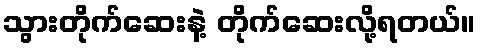
သွားတိုက်ဆေးနဲ့ တိုက်ဆေးလို့ရတယ်။